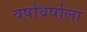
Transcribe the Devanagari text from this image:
वर्षावर्षाला